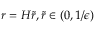
r = H \tilde { r } , \tilde { r } \in ( 0 , 1 / \epsilon )